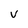
Character: V